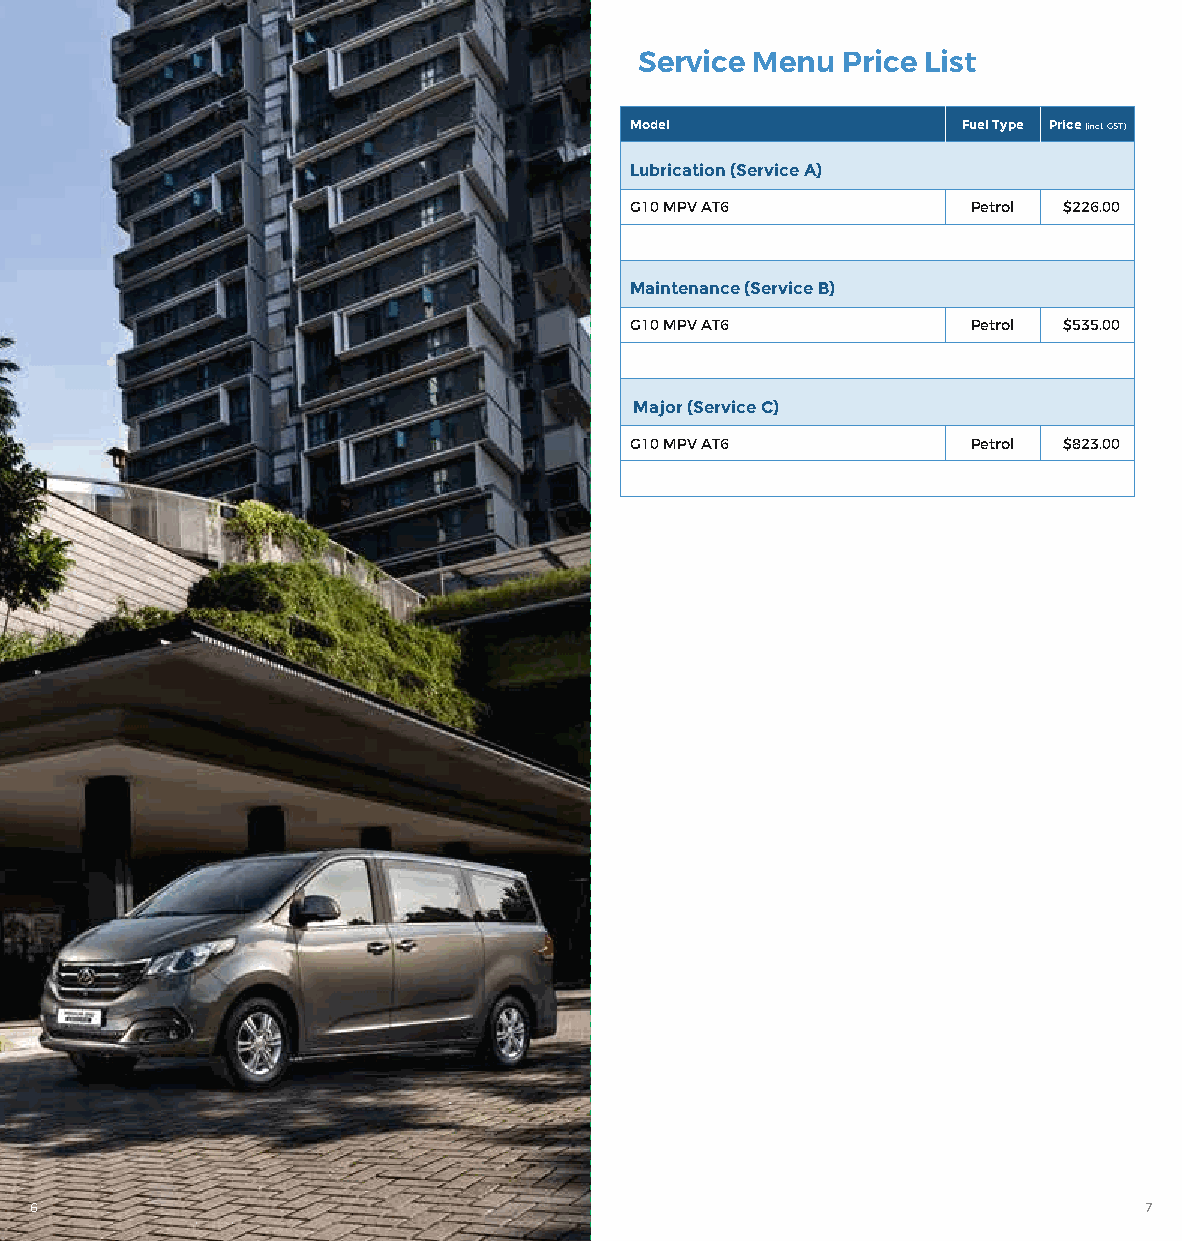
Service Menu  Price List
 Model                 Fuel Type Price (incl. GST)
 Lubrication (Service A)
 G10 MPV AT6           Petrol $226.00
 Maintenance (Service B)
 G10 MPV AT6           Petrol $535.00
 Major (Service C)
 G10 MPV AT6           Petrol $823.00
 6                                                                         7